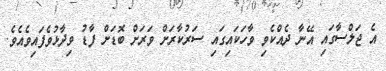
އެ ޖަލްސާގައި އޭނާ ދެއްކެވި ވާހަކައިގައި ސަރުކާރަށް ވަރަށް ބޮޑަށް ފާޑު ވިދާޅުވެފައިވެއެވެ.